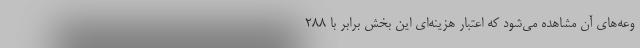
وعه‌های آن مشاهده می‌شود که اعتبار هزینه‌ای این بخش برابر با ۲۸۸